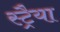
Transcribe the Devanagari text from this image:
स्ट्रैया